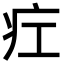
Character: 疘